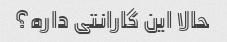
حالا این گارانتی داره؟